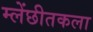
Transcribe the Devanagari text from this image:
म्लेंछीतकला